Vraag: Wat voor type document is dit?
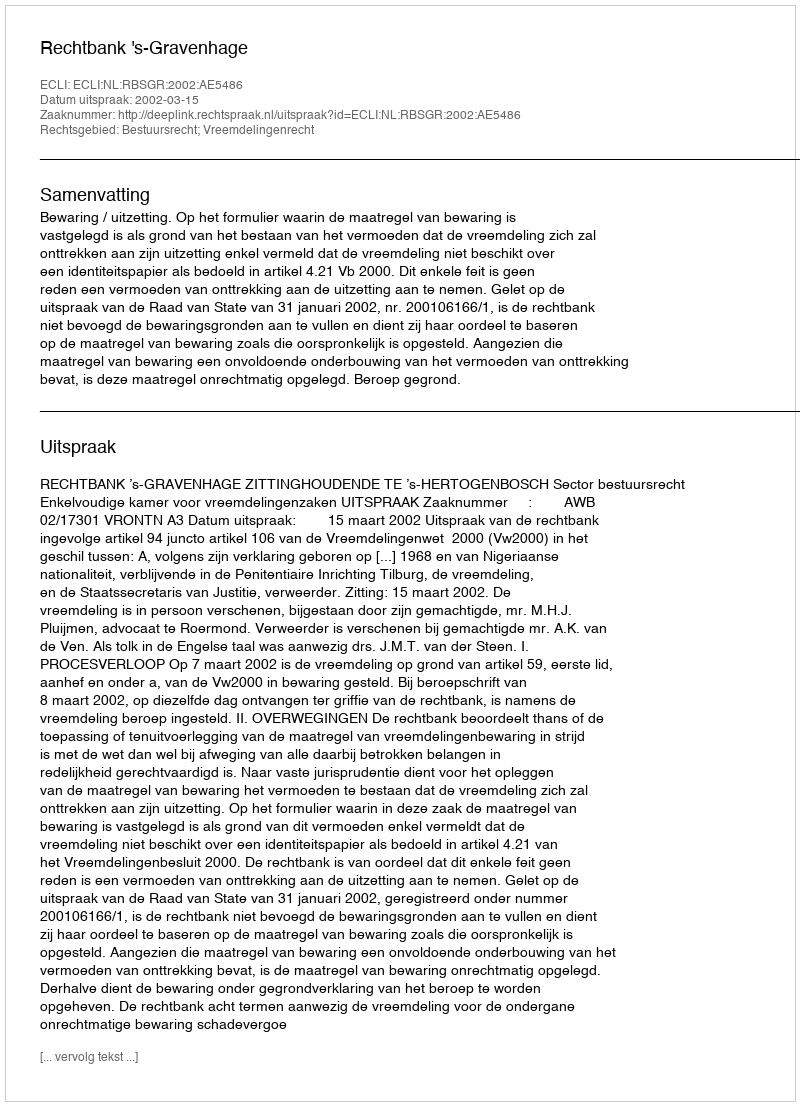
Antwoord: Uitspraak